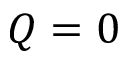
Q = 0